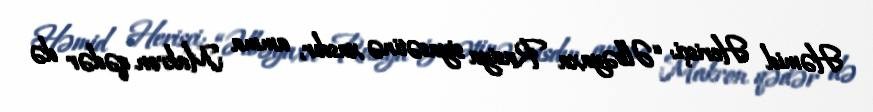
Həmid Herisçi: “Əlbəyaxa Rusiya siyasətinə xasdır, amma Makron qədər də